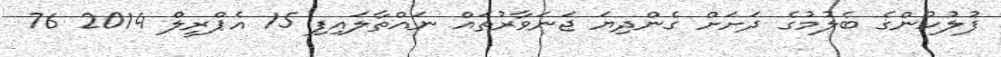
ފުލުހުންގެ ބެލުމުގެ ދަށަށް ގެންދިޔަ ޖަނަވާރުތައް ނައްތާލައިފި 15 އެޕްރީލް 2014 76